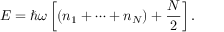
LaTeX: E = \hbar \omega \left[ ( n _ { 1 } + \cdots + n _ { N } ) + { \frac { N } { 2 } } \right] .